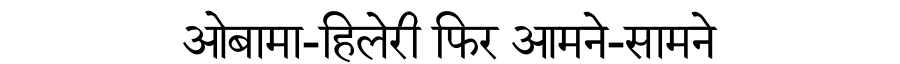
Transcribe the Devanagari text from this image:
ओबामा-हिलेरी फिर आमने-सामने